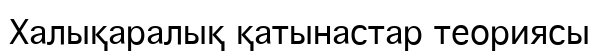
Халықаралық қатынастар теориясы